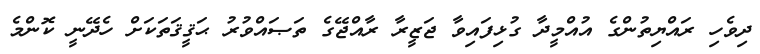
ދިވެހި ރައްޔިތުންގެ އުއްމީދާ ގުޅިފައިވާ ޖަޒީރާ ރާއްޖޭގެ ތަޞައްވުރު ޙަޤީޤަތަކަށް ހެދޭނީ ކޮންމެ